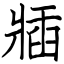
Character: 牐